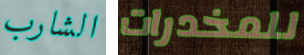
الشارب للمخدرات